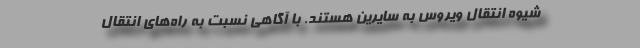
شیوه انتقال ویروس به سایرین هستند. با آگاهی نسبت به راه‌های انتقال